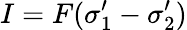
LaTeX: I=F(\sigma_{1}^{\prime}-\sigma_{2}^{\prime})